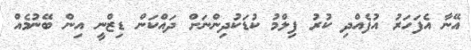
އޭނާ އެފަހަރު އުފެއްދި ކުރު ފިލްމު ކުޑަކުދިންނަށް ދައްކަން ޑިޒްނީ އިން ބޭނުމެއް